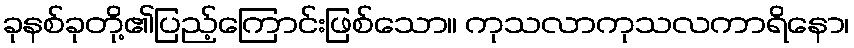
ခုနစ်ခုတို့၏ပြည့်ကြောင်းဖြစ်သော။ ကုသလာကုသလကာရိနော၊